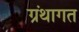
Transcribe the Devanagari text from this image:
ग्रंथागत